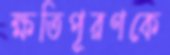
ক্ষতিপূরণকে